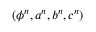
( \phi ^ { n } , a ^ { n } , b ^ { n } , c ^ { n } )